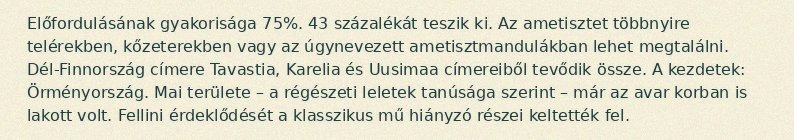
Előfordulásának gyakorisága 75%. 43 százalékát teszik ki. Az ametisztet többnyire telérekben, kőzeterekben vagy az úgynevezett ametisztmandulákban lehet megtalálni. Dél-Finnország címere Tavastia, Karelia és Uusimaa címereiből tevődik össze. A kezdetek: Örményország. Mai területe – a régészeti leletek tanúsága szerint – már az avar korban is lakott volt. Fellini érdeklődését a klasszikus mű hiányzó részei keltették fel.